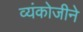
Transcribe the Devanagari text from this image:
व्यंकोजीने